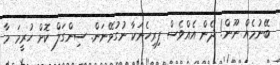
ބޭނުމެއް ނޫން! ދެން އެއްވެސް ފިރިހެނަކާ ނުގުޅޭނަން. ސިންގަލް ކޮށް ހުރީމަ މާ